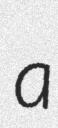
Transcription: a